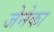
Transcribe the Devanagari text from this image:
जेनेका